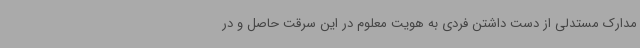
مدارک مستدلی از دست داشتن فردی به هویت معلوم در این سرقت حاصل و در